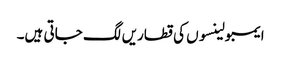
ایمبولینسوں کی قطاریں لگ جاتی ہیں۔